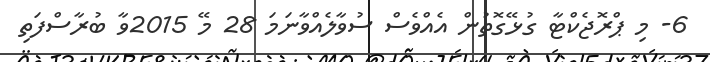
6- މި ޕްރޮޖެކްޓާ ގުޅޭގޮތުން އެއްވެސް ސުވާލެއްވާނަމަ 28 މޭ 2015ވާ ބުރާސްފަތި